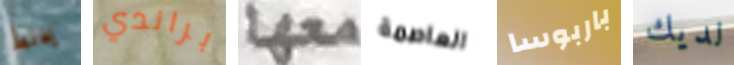
يخلط براندي معها العاصمة باربوسا لديك